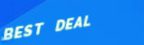
BEST DEAL